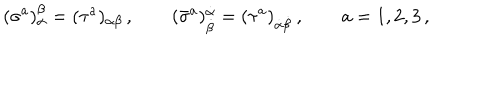
( \sigma ^ { a } ) _ { \alpha } ^ { \beta } = ( \tau ^ { a } ) _ { \alpha \beta } \, , \qquad ( \bar { \sigma } ^ { a } ) _ { \dot { \beta } } ^ { \dot { \alpha } } = ( \tau ^ { a } ) _ { \dot { \alpha } \dot { \beta } } \, , \qquad a = 1 , 2 , 3 \, ,